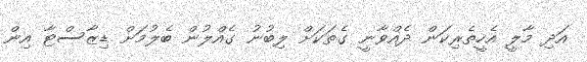
އަދި މާލީ އެހީތެރިކަން ދެއްވާނީ ގެތަކަށް ލިބުނު ގެއްލުން ބެލުމަށް ޑިޒާސްޓާ އިން